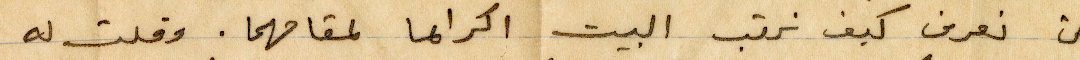
حتى نعرف كيف نرتب البيت اكراما لمقامهما. وقلت له